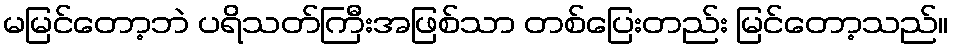
မမြင်တော့ဘဲ ပရိသတ်ကြီးအဖြစ်သာ တစ်ပြေးတည်း မြင်တော့သည်။